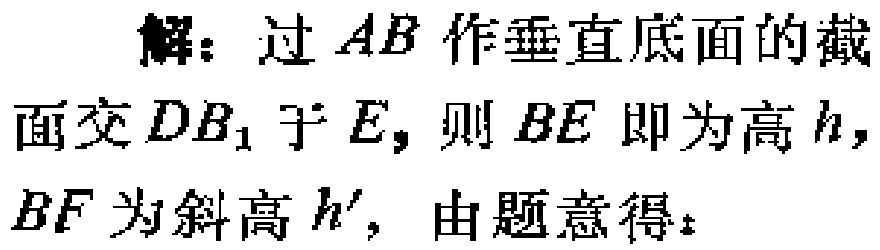
解：过\(AB\)作垂直底面的截面交\(DB_{1}\)于\(E\)，则\(BE\)即为高\(h\)，\(BF\)为斜高\(h^{\prime}\)，由题意得：